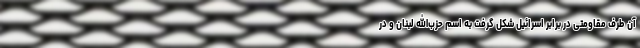
آن طرف مقاومتی در برابر اسرائیل شکل گرفت به اسم حزب‌الله لبنان و در